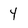
Character: 4